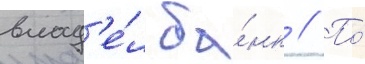
влад'е́л ба́нк // По́